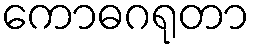
ကောဓဂရုတာ